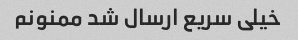
خیلی سریع ارسال شد ممنونم